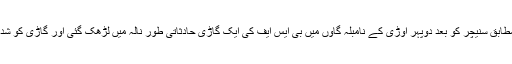
اطلات کے مطابق سنیچر کو بعد دوپہر اوڑی کے نامبلہ گاوں میں بی ایس ایف کی ایک گاڑی حادثاتی طور نالہ میں لڑھک گئی اور گاڑی کو شدید نقصان ہوا۔